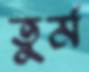
তুর্ম